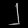
Digit: ၂